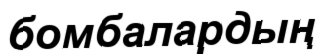
бомбалардың